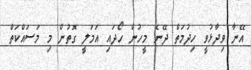
އޭނާ ވިދާޅުވީ ހިދުމަތް ދޭނެ މީހުން ހޯދައި އަމަލީ ގޮތުން މި މަސައްކަތް